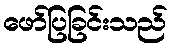
ဖော်ပြခြင်းသည်